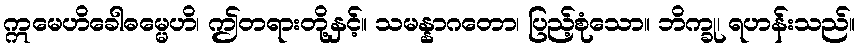
ဣမေဟိခေါဓမ္မေဟိ၊ ဤတရားတို့နှင့်။ သမန္နာဂတော၊ ပြည့်စုံသော။ ဘိက္ခု၊ ရဟန်းသည်။